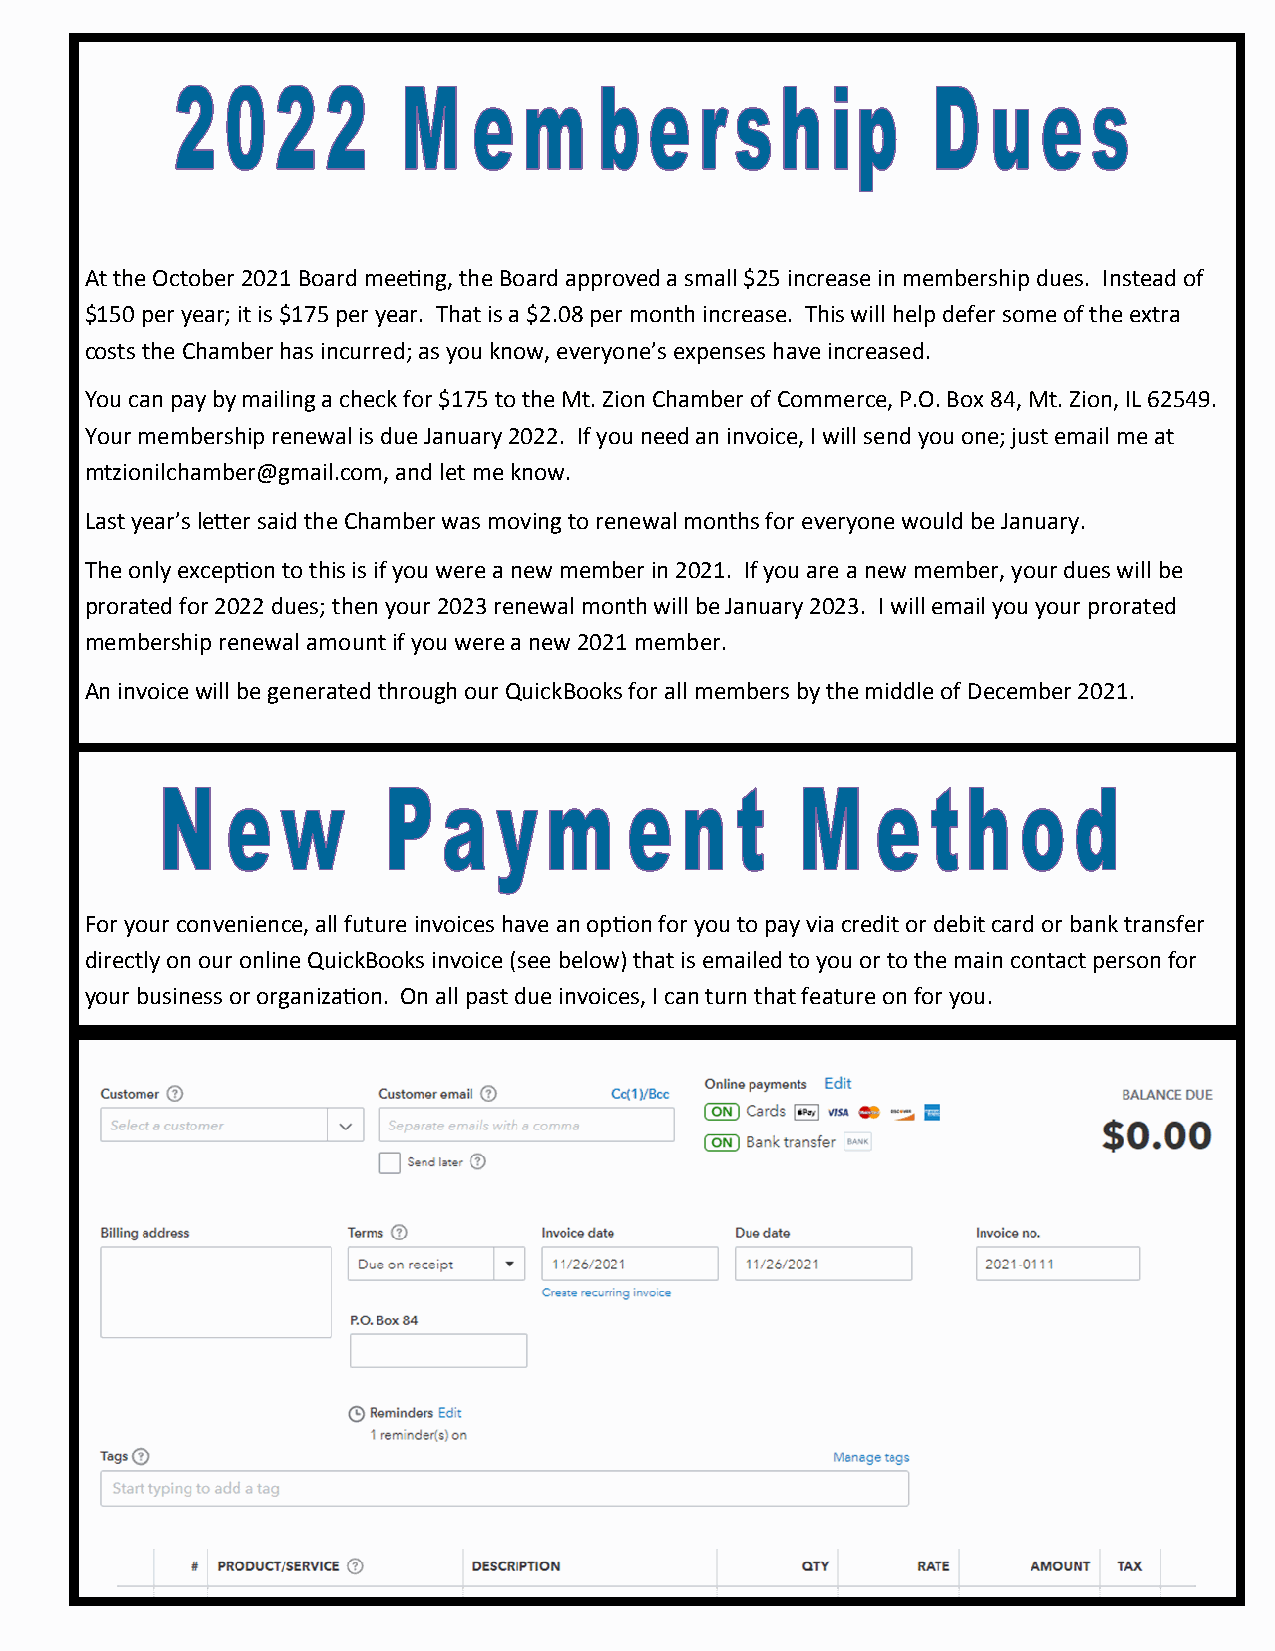
At the October 2021 Board meeting, the Board approved a small $25 increase in membership dues. Instead of
 $150 per year; it is $175 per year. That is a $2.08 per month increase. This will help defer some of the extra
 costs the Chamber has incurred; as you know, everyone’s expenses have increased.
 You can pay by mailing a check for $175 to the Mt. Zion Chamber of Commerce, P.O. Box 84, Mt. Zion, IL 62549.
 Your membership renewal is due January 2022. If you need an invoice, I will send you one; just email me at
 mtzionilchamber@gmail.com, and let me know.
 Last year’s letter said the Chamber was moving to renewal months for everyone would be January.
 The only exception to this is if you were a new member in 2021. If you are a new member, your dues will be
 prorated for 2022 dues; then your 2023 renewal month will be January 2023. I will email you your prorated
 membership renewal amount if you were a new 2021 member.
 An invoice will be generated through our QuickBooks for all members by the middle of December 2021.
 For your convenience, all future invoices have an option for you to pay via credit or debit card or bank transfer
 directly on our online QuickBooks invoice (see below) that is emailed to you or to the main contact person for
 your business or organization. On all past due invoices, I can turn that feature on for you.